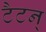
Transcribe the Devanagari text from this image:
टैटन्